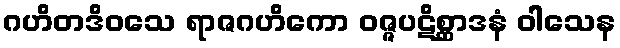
ဂဟိတဒိဝသေ ရာဇဂဟိကော ဝဇ္ဇပဋိစ္ဆာဒနံ ဝါသေန